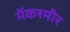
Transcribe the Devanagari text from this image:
मेंकश्मीर